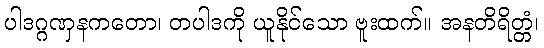
ပါဒဂ္ဂဏှနကတော၊ တပါဒကို ယူနိုင်သော ဗူးထက်။ အနတိရိတ္တံ၊